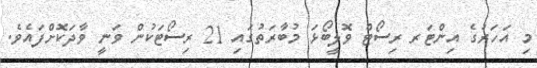
މި އަހަރުގެ އިންޓަރ ރިސޯޓް ވޮލީބޯޅަ މުބާރަތުގައި 21 ރިސޯޓަކުން ވަނީ ވާދަކޮށްފައެވެ.